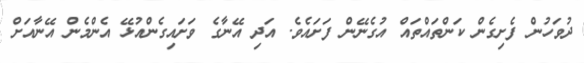
ދުވަހުން ފެށިގެން ކަންތައްތައް އުގެނޭން ފަށައެވެ. އަދި އޭނާގެ ވަށައިގެންއުޅޭ އެންމެން އޭނާއަށް